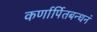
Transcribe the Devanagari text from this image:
कर्णार्पितबन्धनं